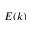
E ( k )